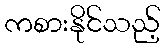
ကစားနိုင်သည့်